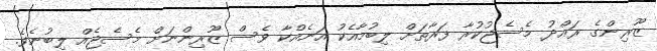
ޒޫރިންގެ ރައްދު މެސެޖުކުރާ ފަރާތަށް ލިބުމާއެކު އަނެއްކާ ވެސް ޒޫރިންނަށް މެސެޖެއް ލިބުނެވެ.